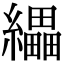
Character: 𦇄